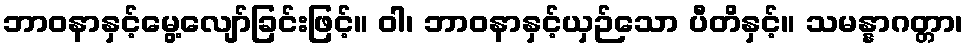
ဘာဝနာနှင့်မွေ့လျော်ခြင်းဖြင့်။ ဝါ၊ ဘာဝနာနှင့်ယှဉ်သော ပီတိနှင့်။ သမန္နာဂတ္တာ၊